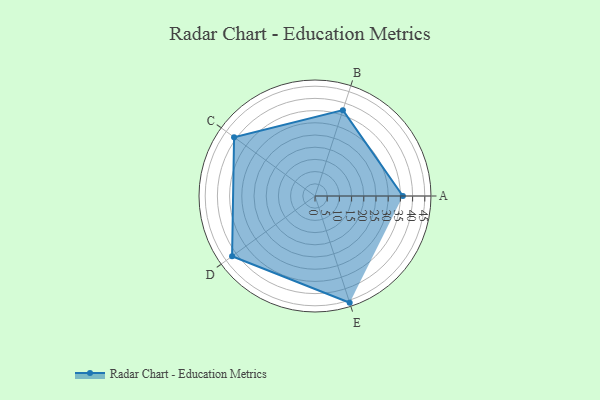
{"axis": {"x": "Skill", "y": "Score"}, "legend": ["Profile"], "data": [{"x": "A", "y": 36.0, "type": "Profile"}, {"x": "B", "y": 37.0, "type": "Profile"}, {"x": "C", "y": 41.0, "type": "Profile"}, {"x": "D", "y": 42.0, "type": "Profile"}, {"x": "E", "y": 46.0, "type": "Profile"}]}